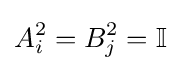
A_{i}^{2}=B_{j}^{2}=\mathbb {I}